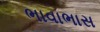
ભાવાભાસ